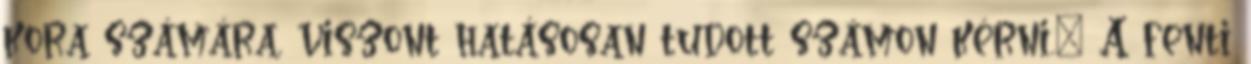
kora számára, viszont hatásosan tudott számon kérni.” A fenti